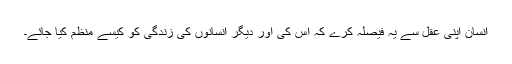
انسان اپنی عقل سے یہ فیصلہ کرے کہ اس کی اور دیگر انسانوں کی زندگی کو کیسے منظّم کیا جائے۔